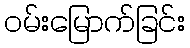
ဝမ်းမြောက်ခြင်း